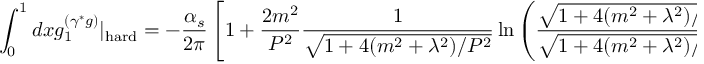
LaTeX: \int _ { 0 } ^ { 1 } d x g _ { 1 } ^ { ( \gamma ^ { * } g ) } | _ { \mathrm { h a r d } } = - { \frac { \alpha _ { s } } { 2 \pi } } \left[ 1 + \frac { 2 m ^ { 2 } } { P ^ { 2 } } \frac { 1 } { \sqrt { 1 + 4 ( m ^ { 2 } + \lambda ^ { 2 } ) / P ^ { 2 } } } \ln \left( \frac { \sqrt { 1 + 4 ( m ^ { 2 } + \lambda ^ { 2 } ) / P ^ { 2 } } - 1 } { \sqrt { 1 + 4 ( m ^ { 2 } + \lambda ^ { 2 } ) / P ^ { 2 } } + 1 } \right) \right] .